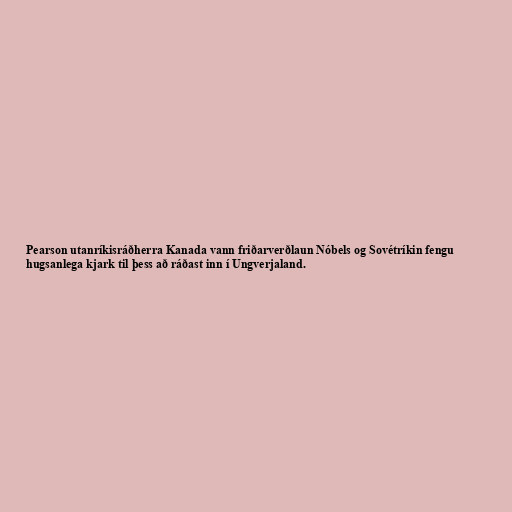
Pearson utanríkisráðherra Kanada vann friðarverðlaun Nóbels og Sovétríkin fengu
hugsanlega kjark til þess að ráðast inn í Ungverjaland.